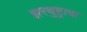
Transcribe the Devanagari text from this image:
झरथुष्ट्राचा